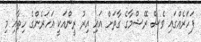
ފަހަރެއްގައި ވެސް ރޭޝްމާގެ ގާތަށް އައި އިރު ރީންއަކީ އަހަރެންގެ ހިތާއި މި